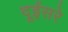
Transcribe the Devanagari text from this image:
दूईसरे